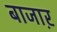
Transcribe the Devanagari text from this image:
बाजाऱ